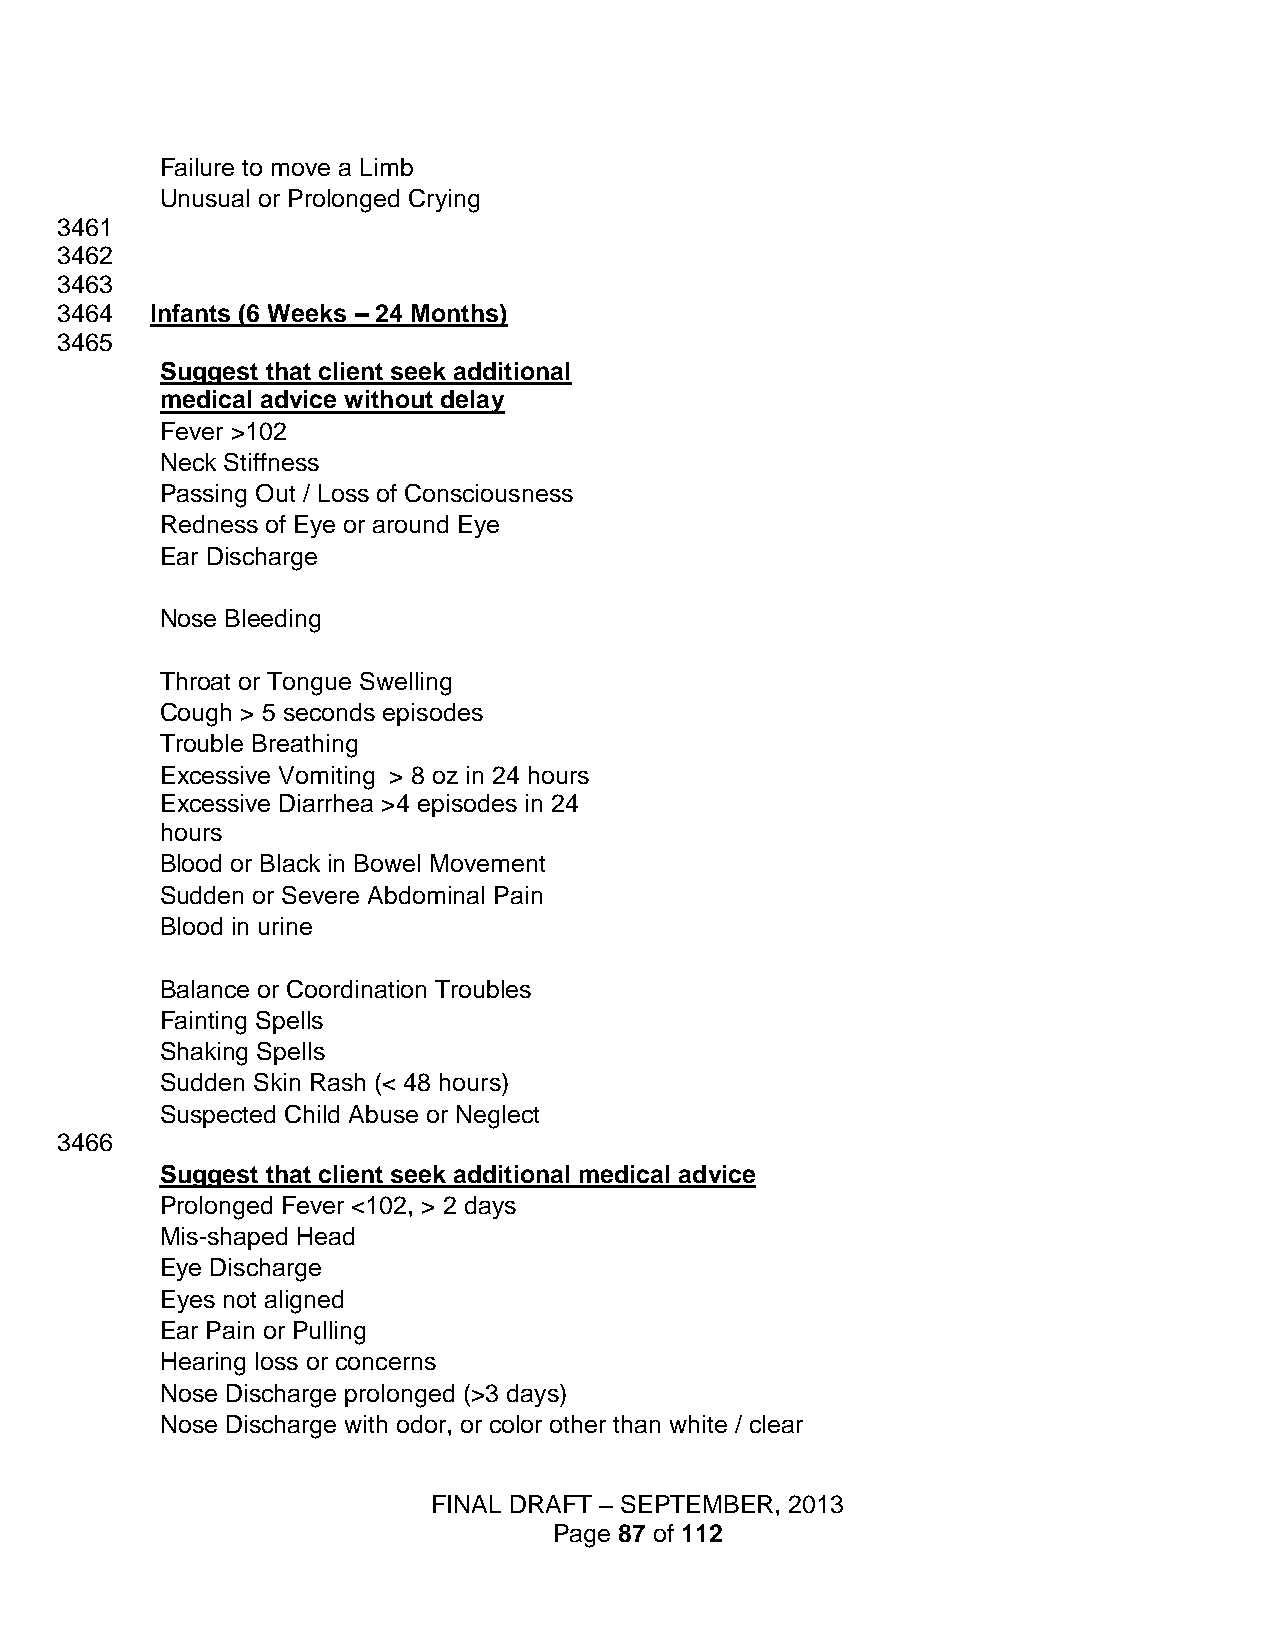
Failure to move a Limb
 Unusual or Prolonged Crying
 3461
 3462
 3463
 3464  Infants (6 Weeks – 24 Months)
 3465
 Suggest that client seek additional
 medical advice without delay
 Fever >102
 Neck Stiffness
 Passing Out / Loss of Consciousness
 Redness of Eye or around Eye
 Ear Discharge
 Nose Bleeding
 Throat or Tongue Swelling
 Cough > 5 seconds episodes
 Trouble Breathing
 Excessive Vomiting > 8 oz in 24 hours
 Excessive Diarrhea >4 episodes in 24
 hours
 Blood or Black in Bowel Movement
 Sudden or Severe Abdominal Pain
 Blood in urine
 Balance or Coordination Troubles
 Fainting Spells
 Shaking Spells
 Sudden Skin Rash (< 48 hours)
 Suspected Child Abuse or Neglect
 3466
 Suggest that client seek additional medical advice
 Prolonged Fever <102, > 2 days
 Mis-shaped Head
 Eye Discharge
 Eyes not aligned
 Ear Pain or Pulling
 Hearing loss or concerns
 Nose Discharge prolonged (>3 days)
 Nose Discharge with odor, or color other than white / clear
 FINAL DRAFT – SEPTEMBER, 2013
 Page 87 of 112